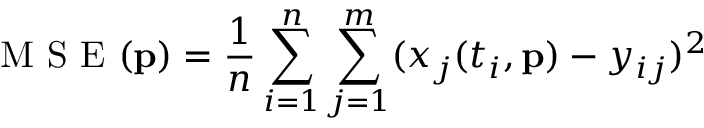
\mathrm { ~ M ~ S ~ E ~ } ( \mathbf { p } ) = \frac { 1 } { n } \sum _ { i = 1 } ^ { n } \sum _ { j = 1 } ^ { m } ( x _ { j } ( t _ { i } , \mathbf { p } ) - y _ { i j } ) ^ { 2 }